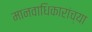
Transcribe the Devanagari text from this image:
मानवाधिकारांच्या